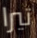
تيرا